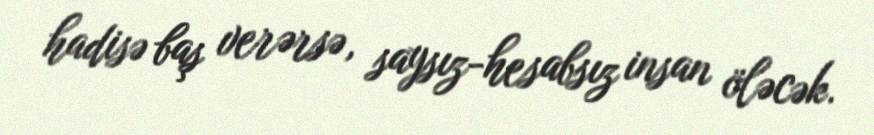
hadisə baş verərsə, saysız-hesabsız insan öləcək.